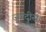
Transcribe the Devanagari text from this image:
जगदीस।